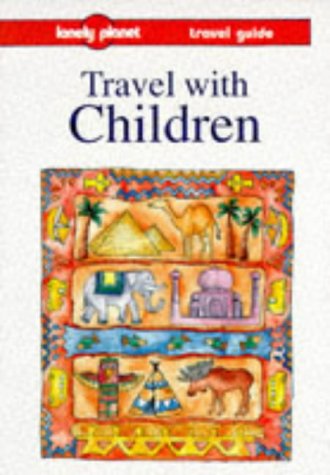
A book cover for Travel With Children (Lonely Planet Travel With Children); Maureen Wheeler; Travel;